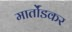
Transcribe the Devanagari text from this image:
मार्तोंडकर